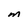
Character: M